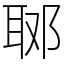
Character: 郰